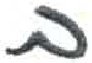
אות: ב